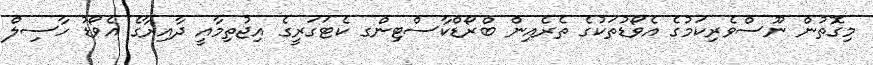
މިގޮތުން ނޫސްވެރިކަމުގެ އެވޯޑުތަކުގެ ތެރެއިން ބްރޯޑްކާސްޓިންގ ކެޓަގަރީގެ އިޖުތިމާއީ ދާއިރާގެ އެވޯޑު ހާސިލް